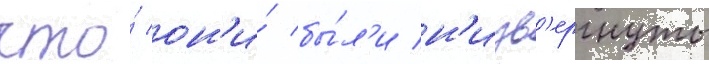
что́ он'и́ бы́л'и н'изв'ергнуты